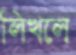
লিখলে